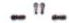
-"-